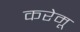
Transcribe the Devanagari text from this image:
करेमू